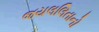
જયલલિતાનો